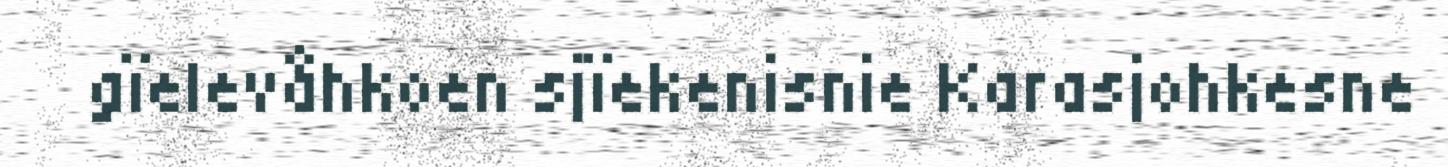
gïelevåhkoen sjïekenisnie Karasjohkesne